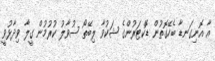
އާ އޮނިގަނޑާ ބެހޭގޮތުން ޑޮކްޓަރުންގެ ޝަކުވާ ލިބޭތޯ ސުވާލު ކުރުމުން ގީލާ ވިދާޅުވީ